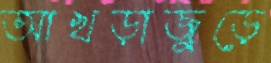
আখড়াজুড়ে